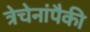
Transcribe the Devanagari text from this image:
त्रेचेनांपैकी